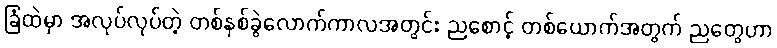
ခြံထဲမှာ အလုပ်လုပ်တဲ့ တစ်နှစ်ခွဲလောက်ကာလအတွင်း ညစောင့် တစ်ယောက်အတွက် ညတွေဟာ